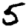
Digit: 5